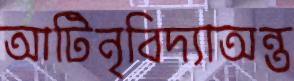
আটিনৃবিদ্যাঅন্ত